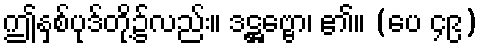
ဤနှစ်ပုဒ်တို့၌လည်း။ ဒဋ္ဌဗ္ဗော၊ ၏။ (ပေ ၄၉)